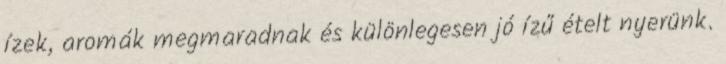
ízek, aromák megmaradnak és különlegesen jó ízű ételt nyerünk.